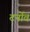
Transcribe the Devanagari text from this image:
टर्नोव